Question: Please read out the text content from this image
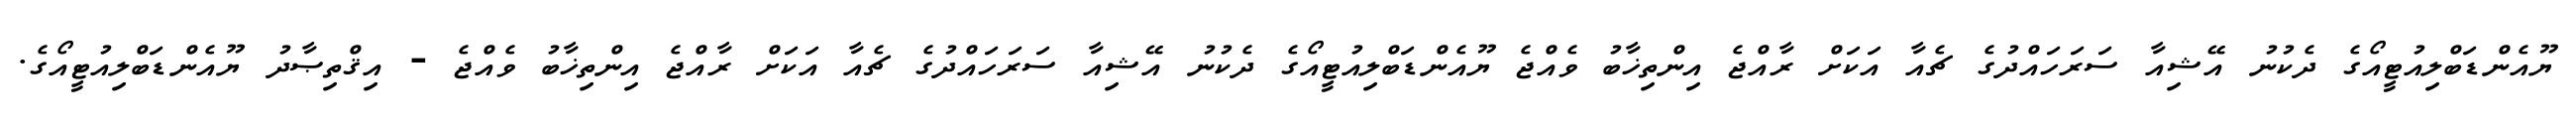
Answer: ޔޫއެންޑަބްލިއުޓީއޯގެ ދެކުނު އޭޝިއާ ސަރަހައްދުގެ ޗެއާ އަކަށް ރާއްޖެ އިންތިޚާބު ވެއްޖެ ޔޫއެންޑަބްލިއުޓީއޯގެ ދެކުނު އޭޝިއާ ސަރަހައްދުގެ ޗެއާ އަކަށް ރާއްޖެ އިންތިޚާބު ވެއްޖެ - އިޤްތިޞާދު ޔޫއެންޑަބްލިއުޓީއޯގެ.